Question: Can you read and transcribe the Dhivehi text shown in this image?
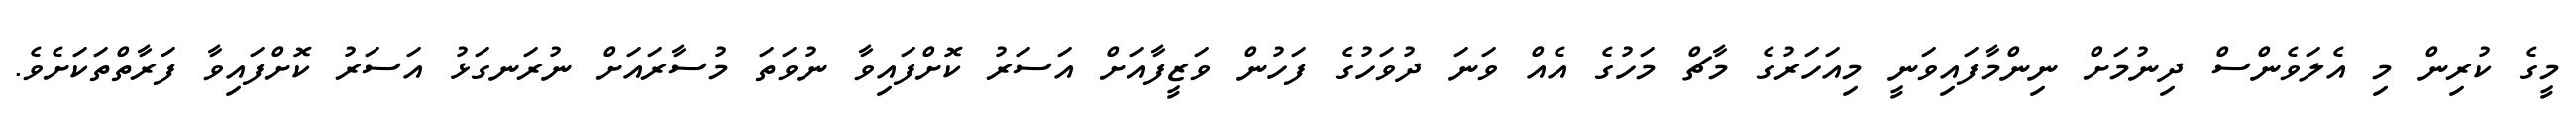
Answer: މީގެ ކުރިން މި އެލަވެންސް ދިނުމަށް ނިންމާފައިވަނީ މިއަހަރުގެ މާޗް މަހުގެ އެއް ވަނަ ދުވަހުގެ ފަހުން ވަޒީފާއަށް އަސަރު ކޮށްފައިވާ ނުވަތަ މުސާރައަށް ނުރަނގަޅު އަސަރު ކޮށްފައިވާ ފަރާތްތަކަށެވެ.